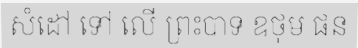
សំដៅ ទៅ លើ ព្រះបាទ ឧថុម ផន